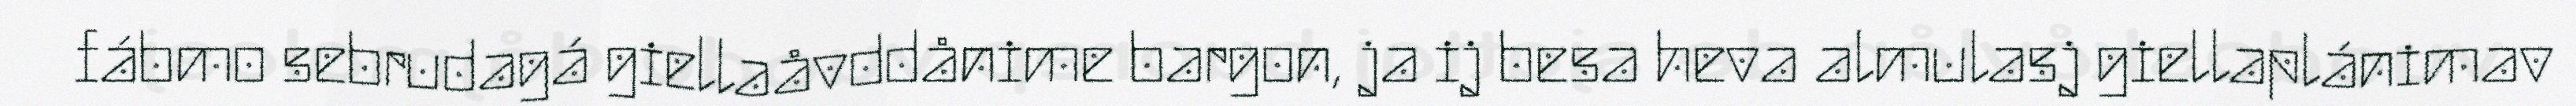
fábmo sebrudagá giellaåvddånime bargon, ja ij besa heva almulasj giellaplánimav